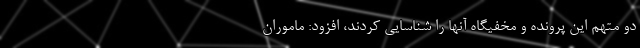
دو متهم این پرونده و مخفیگاه آنها را شناسایی کردند، افزود: ماموران